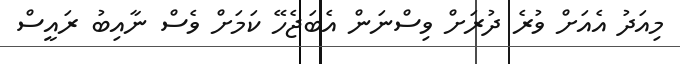
މިއަދު އެއަށް ވުރެ ދުރަށް ވިސްނަން އެބަޖެހޭ ކަމަށް ވެސް ނާއިބު ރައީސް